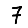
Digit: 7